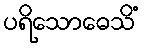
ပရိသောဓေသိံ